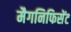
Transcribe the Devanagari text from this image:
मैगनिफिसेंट